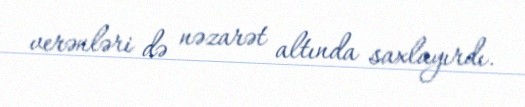
verənləri də nəzarət altında saxlayırdı.